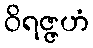
ဝိရဇ္ဇဟံ